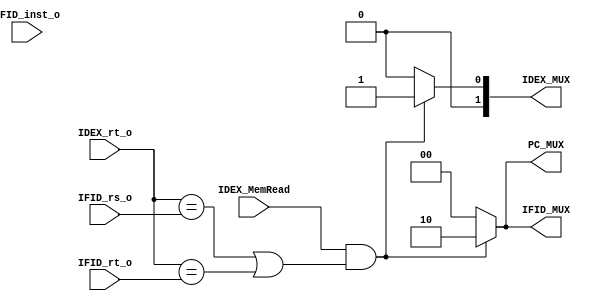
`timescale 1ns / 1ps
//////////////////////////////////////////////////////////////////////////////////
// Company: 
// Engineer: 
// 
// Design Name: 
// Module Name: HazardUnit
// Project Name: 
// Target Devices: 
// Tool Versions: 
// Description: 
// 
// Dependencies: 
// 
// Revision:
// Revision 0.01 - File Created
// Additional Comments:
// 
//////////////////////////////////////////////////////////////////////////////////


module HazardUnit(
IFID_inst_o,
IDEX_MemRead,
IDEX_rt_o,
IFID_rs_o,
IFID_rt_o,
PC_MUX,
IFID_MUX,
IDEX_MUX
    );
    
   input [31:0] IFID_inst_o;
   input IDEX_MemRead;
   input [4:0] IDEX_rt_o;
   input [4:0] IFID_rs_o;
   input [4:0] IFID_rt_o;
   output reg [1:0] PC_MUX;
   output reg [1:0] IFID_MUX;
   output reg [1:0] IDEX_MUX; 
   
   always@(*)
     begin
       if((IDEX_MemRead&&((IDEX_rt_o==IFID_rs_o)||(IDEX_rt_o==IFID_rt_o))))
         begin
         PC_MUX<=2'b10;
         IFID_MUX<=2'b10;
         IDEX_MUX<=2'b01;
         end
       else
         begin
         PC_MUX<=2'b00;
         IFID_MUX<=2'b00;
         IDEX_MUX<=2'b00;
         end
       end         
endmodule